Annual vaccination report of Bihar and Orissa - 1911-1928
Year: 1911
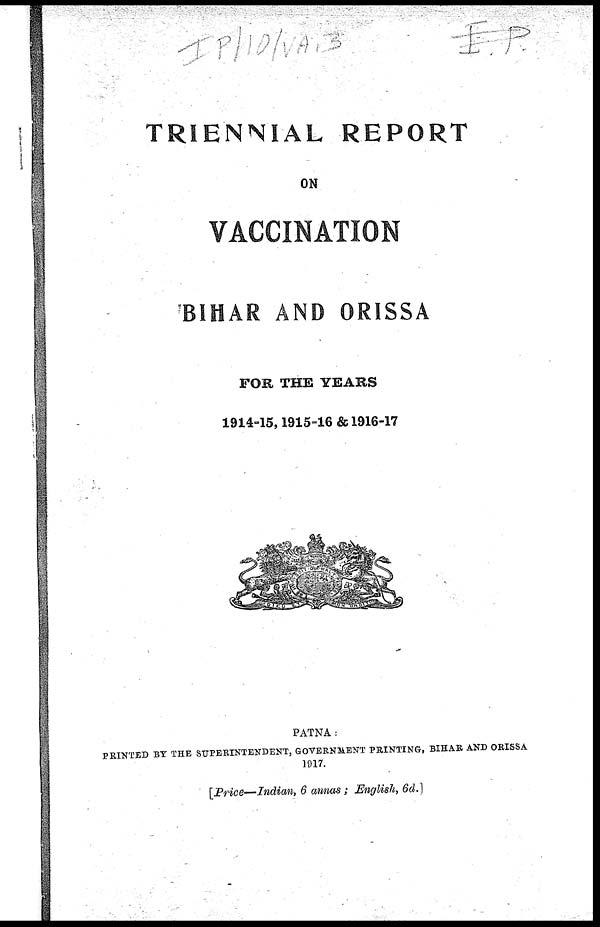
TRIENNIAL REPORT
ON
VACCINATION
BIHAR AND ORISSA
FOR THE YEARS
1914-15, 1915-16 & 1916-17
PATNA:
PRINTED BY THE SUPERINTENDENT, GOVERNMENT PRINTING, BIHAR AND ORISSA
1917.
[Price—Indian, 6 annas; English, 6d.]